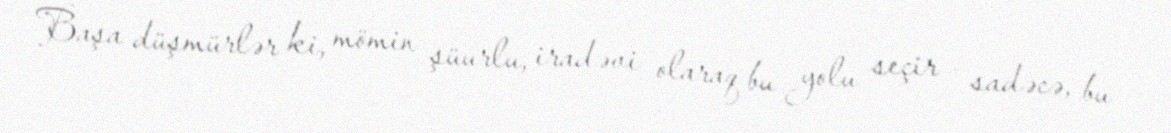
Başa düşmürlər ki, mömin şüurlu, iradəvi olaraq bu yolu seçir - sadəcə, bu